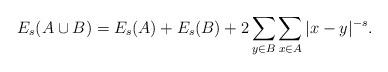
LaTeX: \begin{align*}E_{s}(A\cup B)=E_{s}(A)+E_{s}(B)+2\sum_{y\in B}\sum_{x\in A}|x-y|^{-s}.\end{align*}